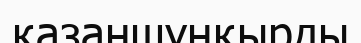
қазаншұңқырды